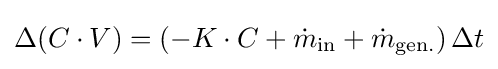
\Delta (C\cdot V)=\left(-K\cdot C+{\dot {m}}_{\text{in}}+{\dot {m}}_{\text{gen.}}\right)\Delta t